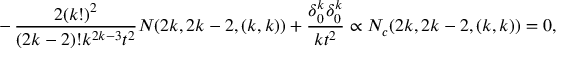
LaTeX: - \, { \frac { 2 ( k ! ) ^ { 2 } } { ( 2 k - 2 ) ! k ^ { 2 k - 3 } t ^ { 2 } } } N ( 2 k , 2 k - 2 , ( k , k ) ) + { \frac { \delta _ { 0 } ^ { k } \delta _ { 0 } ^ { k } } { k t ^ { 2 } } } \propto N _ { c } ( 2 k , 2 k - 2 , ( k , k ) ) = 0 ,